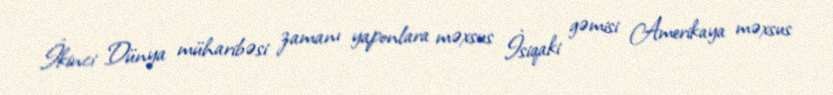
İkinci Dünya müharibəsi zamanı yaponlara məxsus İsiqaki gəmisi Amerikaya məxsus